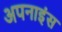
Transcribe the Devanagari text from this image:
अपनाइंस